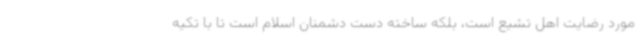
مورد رضایت اهل تشیع است، بلکه ساخته دست دشمنان اسلام است تا با تکیه